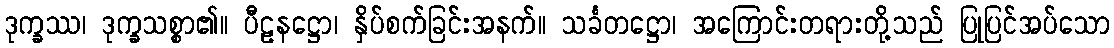
ဒုက္ခဿ၊ ဒုက္ခသစ္စာ၏။ ပီဠနဋ္ဌော၊ နှိပ်စက်ခြင်းအနက်။ သင်္ခတဋ္ဌော၊ အကြောင်းတရားတို့သည် ပြုပြင်အပ်သော